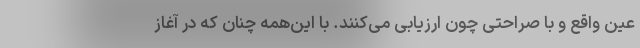
عین واقع و با صراحتی چون ارزیابی می‌کنند. با این‌همه چنان که در آغاز